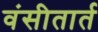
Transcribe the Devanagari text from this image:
वंसीतार्त